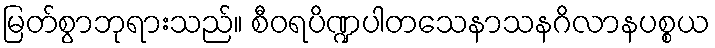
မြတ်စွာဘုရားသည်။ စီဝရပိဏ္ဍပါတသေနာသနဂိလာနပစ္စယ